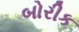
બોરીક